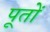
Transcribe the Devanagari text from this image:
पूतों